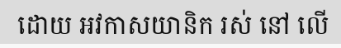
ដោយ អវកាសយានិក រស់ នៅ លើ